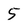
Character: 5